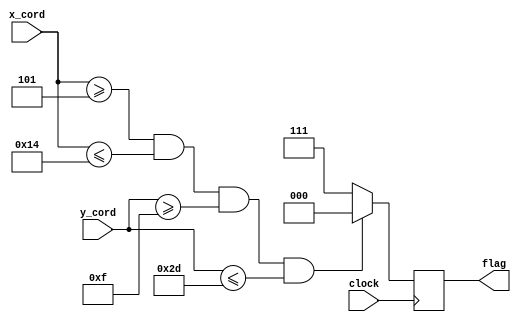
module end_goal(flag, x_cord, y_cord, clock);

  // input values
	input [8:0] x_cord, y_cord;
	input clock;

	// output values
	output [2:0] flag;

	reg [2:0] colour;


  always @(posedge clock)
		begin
			// set the default value for collision checking
			colour = 3'b111;

      if (x_cord >= 9'd5 && x_cord <= 9'd20 && y_cord >= 9'd15 && y_cord <= 9'd45)
        colour = 3'b000;

		end

		// assign the output
		assign flag = colour;

endmodule